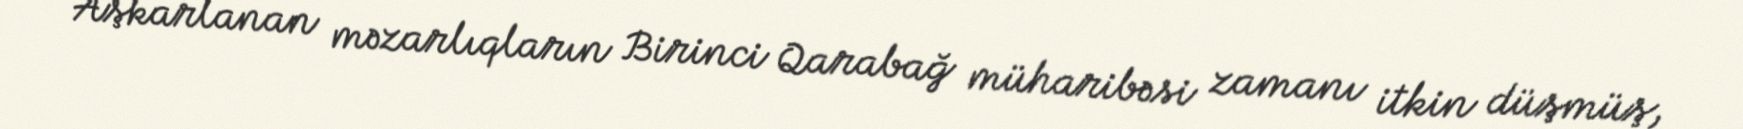
Aşkarlanan məzarlıqların Birinci Qarabağ müharibəsi zamanı itkin düşmüş,